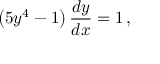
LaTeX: \left( 5 y ^ { 4 } - 1 \right) { \frac { d y } { d x } } = 1 \, ,